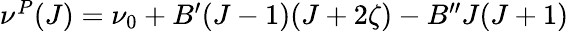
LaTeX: \begin{array}{r}{\nu^{P}(J)=\nu_{0}+B^{\prime}(J-1)(J+2\zeta)-B^{\prime\prime}J(J+1)}\end{array}